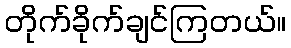
တိုက်ခိုက်ချင်ကြတယ်။